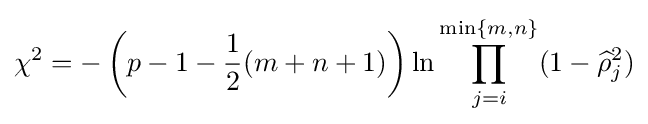
\chi ^{2}=-\left(p-1-{\frac {1}{2}}(m+n+1)\right)\ln \prod _{j=i}^{\min\{m,n\}}(1-{\widehat {\rho }}_{j}^{2})